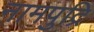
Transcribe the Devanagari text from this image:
नामपुद्रि